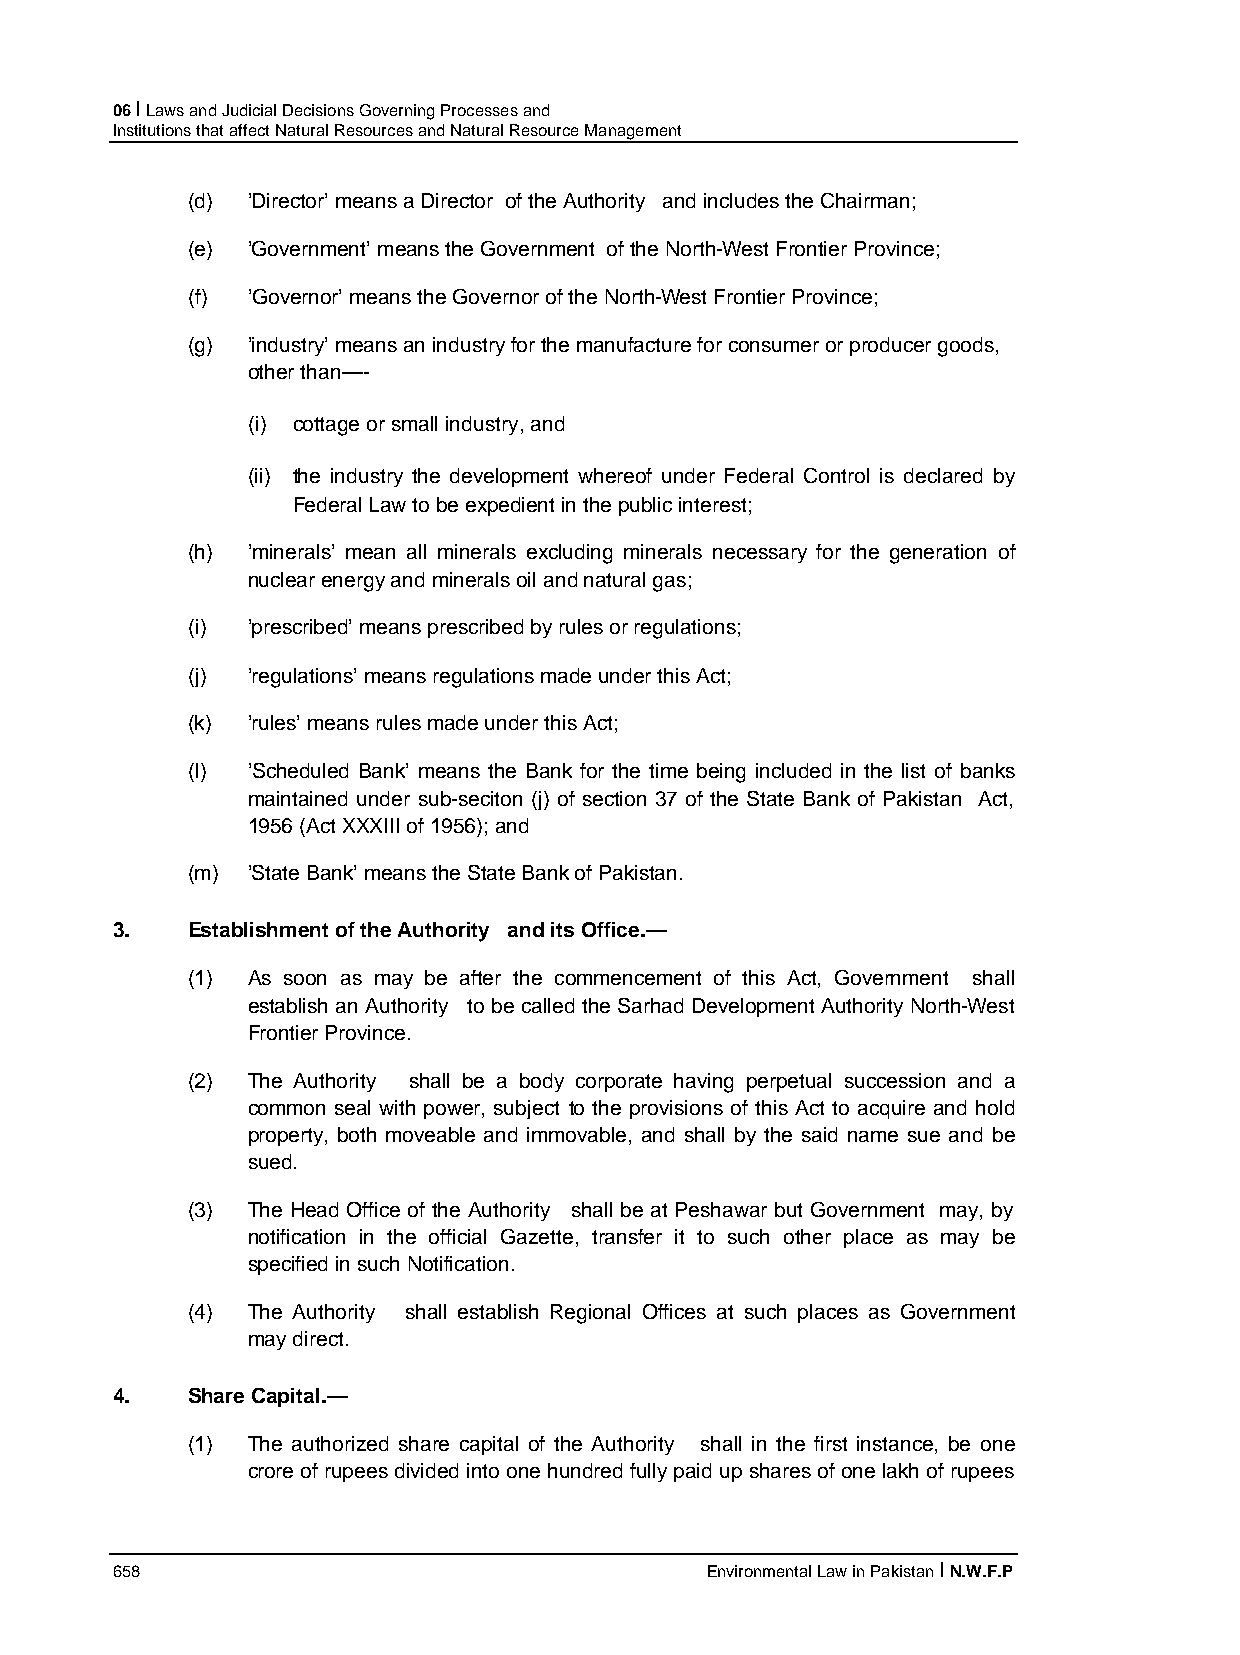
06 I Laws and Judicial Decisions Governing Processes and
 Institutions that affect Natural Resources and Natural Resource Management
 (d) ’Director’ means a Director of the Authority and includes the Chairman;
 (e) ’Government’ means the Government of the North-West Frontier Province;
 (f) ’Governor’ means the Governor of the North-West Frontier Province;
 (g) ’industry’ means an industry for the manufacture for consumer or producer goods,
 other than—-
 (i) cottage or small industry, and
 (ii) the industry the development whereof under Federal Control is declared by
 Federal Law to be expedient in the public interest;
 (h) ’minerals’ mean all minerals excluding minerals necessary for the generation of
 nuclear energy and minerals oil and natural gas;
 (i) ’prescribed’ means prescribed by rules or regulations;
 (j) ’regulations’ means regulations made under this Act;
 (k) ’rules’ means rules made under this Act;
 (l) ’Scheduled Bank’ means the Bank for the time being included in the list of banks
 maintained under sub-seciton (j) of section 37 of the State Bank of Pakistan Act,
 1956 (Act XXXIII of 1956); and
 (m) ’State Bank’ means the State Bank of Pakistan.
 3.   Establishment of the Authority and its Office.—
 (1) As soon as may be after the commencement of this Act, Government shall
 establish an Authority to be called the Sarhad Development Authority North-West
 Frontier Province.
 (2) The Authority shall be a body corporate having perpetual succession and a
 common seal with power, subject to the provisions of this Act to acquire and hold
 property, both moveable and immovable, and shall by the said name sue and be
 sued.
 (3) The Head Office of the Authority shall be at Peshawar but Government may, by
 notification in the official Gazette, transfer it to such other place as may be
 specified in such Notification.
 (4) The Authority shall establish Regional Offices at such places as Government
 may direct.
 4.   Share Capital.—
 (1) The authorized share capital of the Authority shall in the first instance, be one
 crore of rupees divided into one hundred fully paid up shares of one lakh of rupees
 658                                     Environmental Law in Pakistan I N.W.F.P